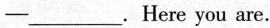
--___.Here you are.